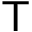
{ \sf T }